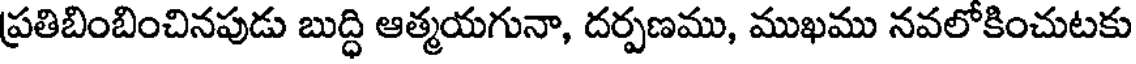
ప్రతిబింబించినపుడు బుద్ధి ఆత్మయగునా, దర్పణము, ముఖము నవలోకించుటకు